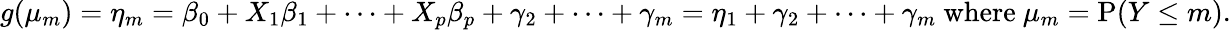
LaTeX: g(\mu_{m})=\eta_{m}=\beta_{0}+X_{1}\beta_{1}+\cdots+X_{p}\beta_{p}+\gamma_{2}+\cdots+\gamma_{m}=\eta_{1}+\gamma_{2}+\cdots+\gamma_{m}{\mathrm{~where~}}\mu_{m}=\operatorname{P}(Y\leq m).